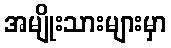
အမျိုးသားများမှာ